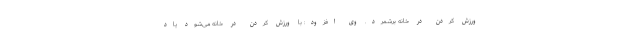
ورزش کردن در خانه برشمرد. وی افزود: با ورزش کردن در خانه می‌شود یاد